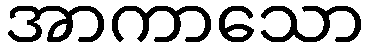
အာကာသော